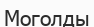
Моголды